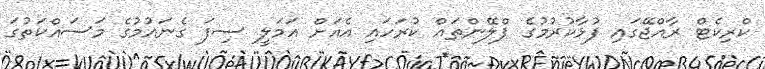
ކްރިކެޓް ރާއްޖޭގައި ފުޅާކުރުމުގެ ޕްލޭންތައް ކުރަހައި އެއަށް އަމަލީ ސިފަ ގެނައުމުގެ މަސައްކަތުގަ